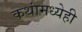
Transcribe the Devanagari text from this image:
कथांमध्येही